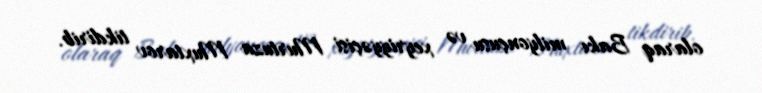
olaraq Bakı milyonçusu və xeyriyyəçisi Murtuza Muxtarov tikdirib.